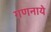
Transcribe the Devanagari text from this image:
गणनाये